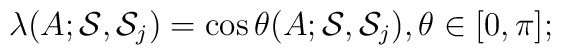
\lambda(A; {\cal S}, {\cal S}_j)=\cos \theta (A; {\cal S}, {\cal S}_j) , \theta \in [0, \pi];